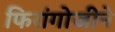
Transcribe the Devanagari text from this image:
फिरांगोजीने